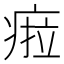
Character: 𤷟